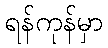
ရန်ကုန်မှာ